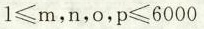
$$1 ≤ m$$，n，o，$$p ≤ 6 0 0 0$$